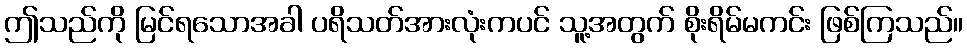
ဤသည်ကို မြင်ရသောအခါ ပရိသတ်အားလုံးကပင် သူ့အတွက် စိုးရိမ်မကင်း ဖြစ်ကြသည်။